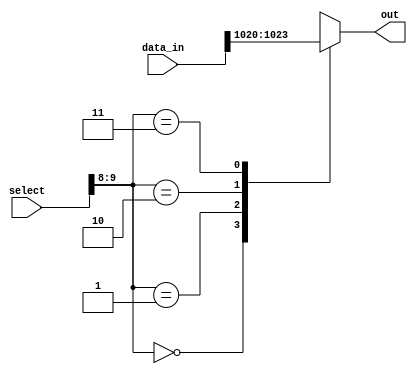
module mux_1024to1 (
    input [1023:0] data_in,
    input [9:0] select,
    output reg out
);

reg [9:0] sel_tmp;
reg [1:0] sel_final;

always @* begin
    sel_tmp = select;
    sel_final = sel_tmp[9:8];

    case(sel_final)
        0: out = data_in[1023];
        1: out = data_in[1022];
        2: out = data_in[1021];
        3: out = data_in[1020];
        // Continue the pattern for all 1024 input lines
        default: out = 0;
    endcase
end

endmodule